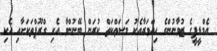
އެމްޑީޕީގެ ޒުވާނުންގެ ހިއްވަރާއެކު މަސަޢްކަތް ކުރަން ބޭނުންވާ އެކި ގްރޫޕްތަކަށާއި އެކި